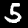
Digit: 5